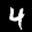
Label: 4